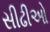
સીઢીઓ